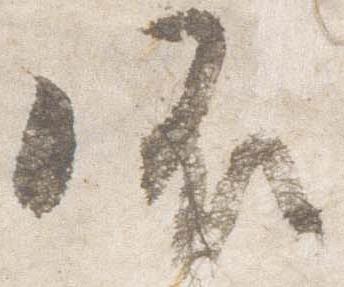
御